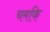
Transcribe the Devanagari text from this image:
चमकि